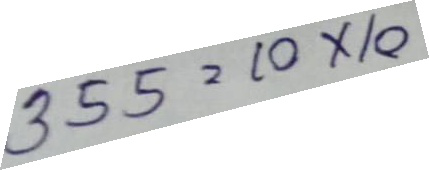
355 = 10 x 10